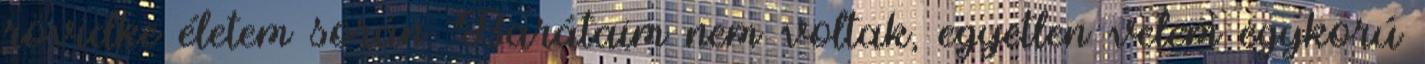
rövidke életem során. Barátaim nem voltak, egyetlen velem egykorú